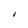
Character: I